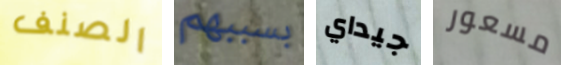
الصنف بسببهم جيداي مسعور